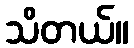
သိတယ်။